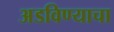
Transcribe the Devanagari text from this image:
अडविण्याचा